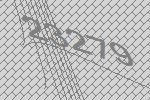
23279